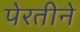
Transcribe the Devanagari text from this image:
पेरतीने